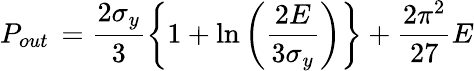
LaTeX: P_{out}\, =\frac{2\sigma_{y}}{3}\left\{ 1+\ln\left(\frac{2E}{3\sigma_{y}}\right)\right\} +\frac{2\pi^{2}}{27}E